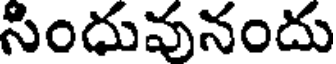
సిందువునందు